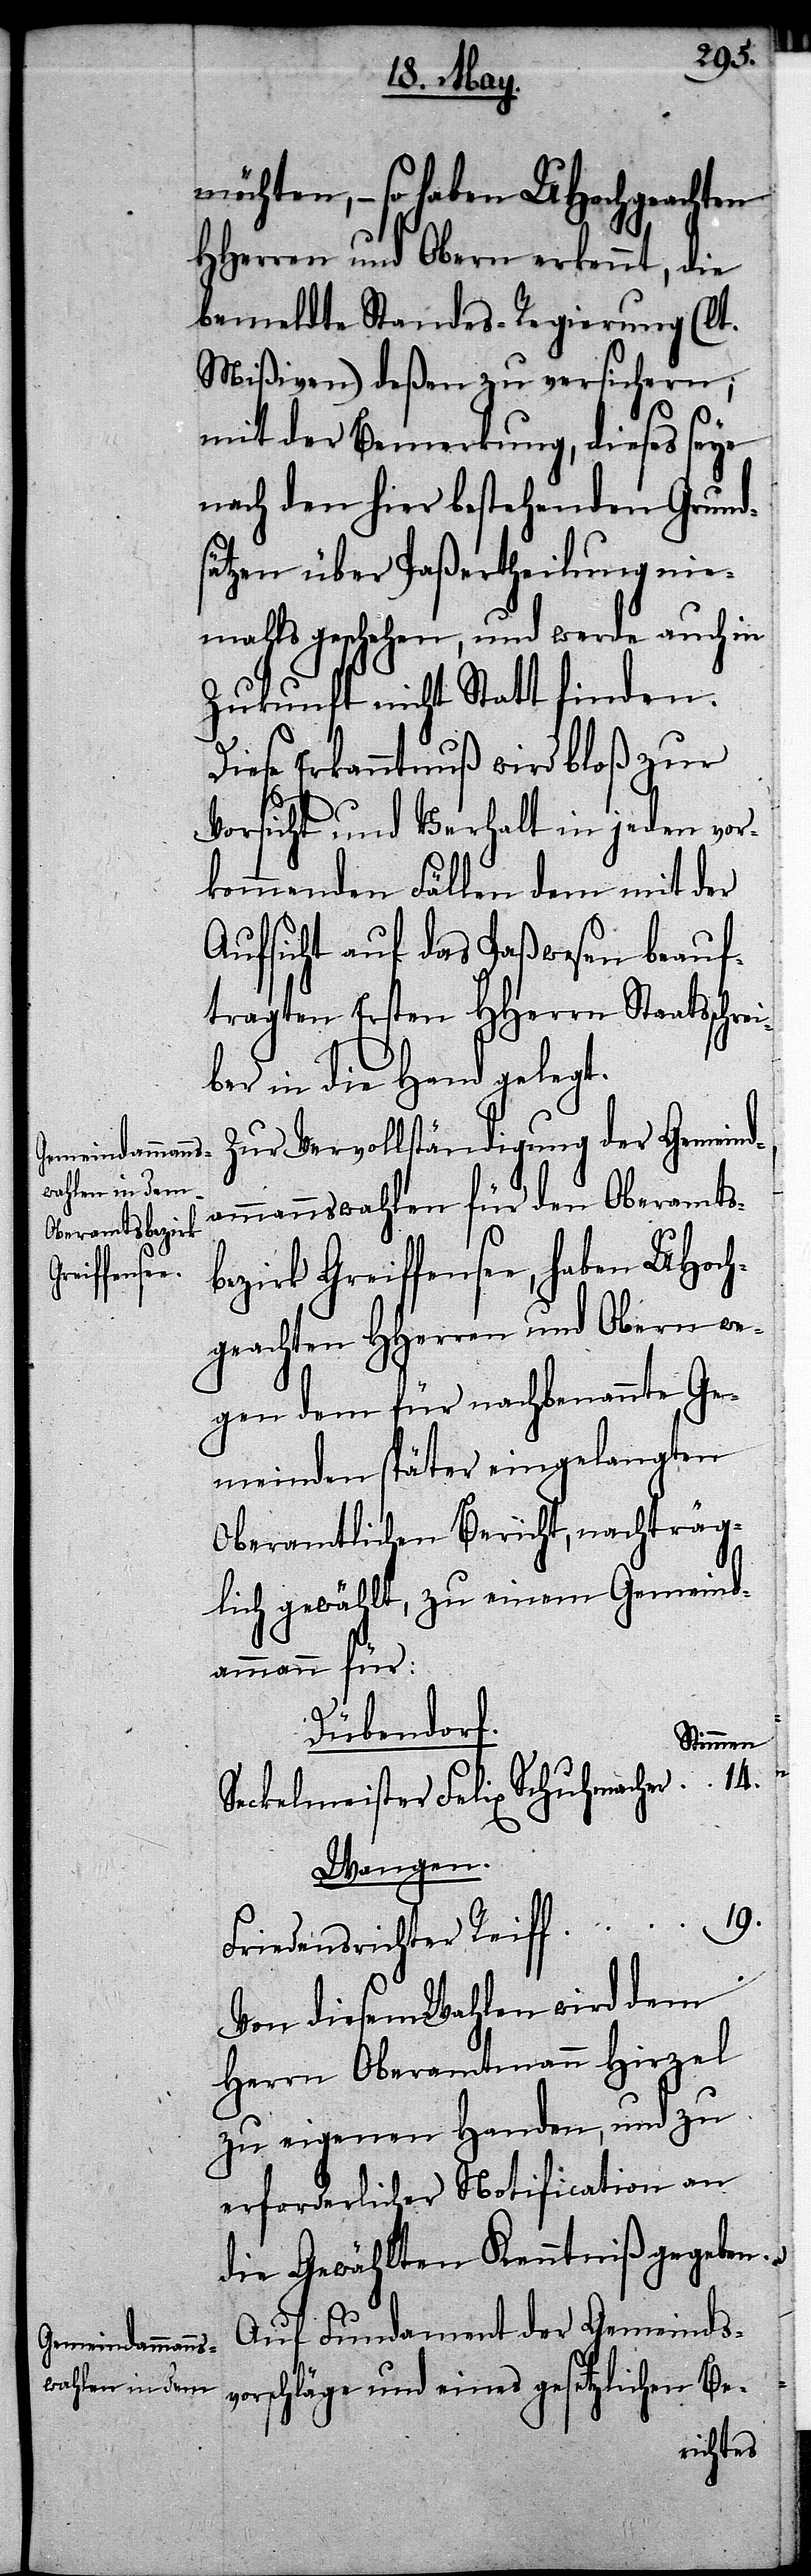
Wahlen wird dem

möchten, – so haben UHochgeachten
HHerren und Obern erkennt, die
bemeldte Standes-Regierung (lt.
Mißiven) deßen zu versichern;
mit der Bemerkung, dieses seye
nach den hier bestehenden Grund¬
sätzen über Paßertheilung nie¬
mahls geschehen, und werde auch in
Zukunft nicht Statt finden.
Diese Erkanntnuß wird bloß zur
Vorsicht und Verhalt in jeden vor¬
kommenden Fällen dem mit der
Aufsicht auf das Paßwesen beauf¬
tragten Ersten HHerrn Staatsschre¬
iber in die Hand gelegt.
Zur Vervollständigung der Gemeind¬
ammannswahlen für den Oberamts¬
bezirk Greiffensee, haben UHoch¬
geachten HHerren und Obern we¬
gen dem für nachbenannte Ge¬
meinden später eingelangten
Oberamtlichen Bericht, nachträg¬
lich gewählt, zu einem Gemeind¬
ammann für:
Dübendorf.
Stimmen.
Seckelmeister Felix Schuhmacher
Wangen.
19.
Friedensrichter Reiff
Herrn Oberamtmann Hirzel
zu eigenen Handen, und zu
erforderlicher Notification an
die Gewählten Kenntniß gegeben.
Auf Fundament der Gemeindsv¬
orschläge und eines gesetzlichen Be-